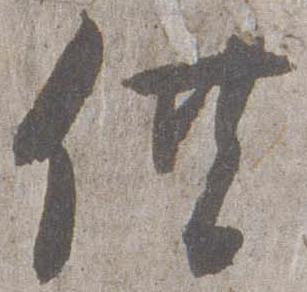
供